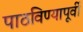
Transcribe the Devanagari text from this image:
पाठविण्यापूर्वी